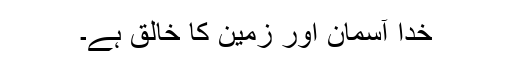
خدا آسمان اور زمین کا خالق ہے۔